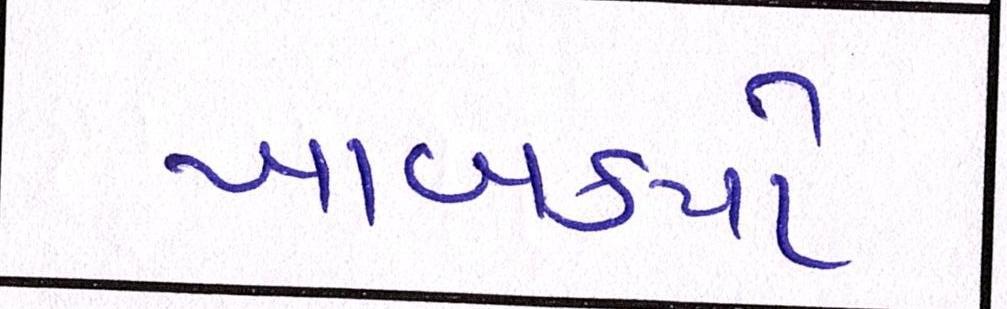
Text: ખાબક્યો